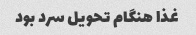
غذا هنگام تحویل سرد بود